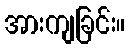
အားကျခြင်း။